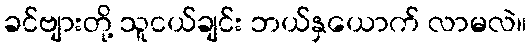
ခင်ဗျားတို့ သူငယ်ချင်း ဘယ်နှယောက် လာမလဲ။